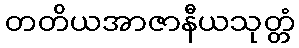
တတိယအာဇာနီယသုတ္တံ